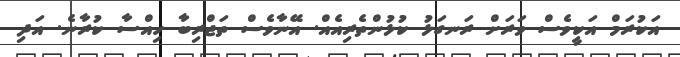
އަކުރަމް އަކީވެސް ވަރަށް ރަނގަޅު ކުޅުންތެރިއެއް. އޭނާވެސް ތަޖްރިބާ ހިއްސާ ކުރާނެ. އަދި